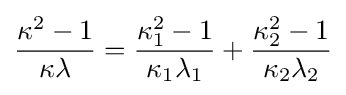
{\frac {\kappa ^{2}-1}{\kappa \lambda }}={\frac {\kappa _{1}^{2}-1}{\kappa _{1}\lambda _{1}}}+{\frac {\kappa _{2}^{2}-1}{\kappa _{2}\lambda _{2}}}